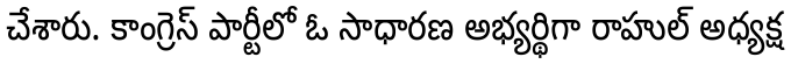
చేశారు. కాంగ్రెస్ పార్టీలో ఓ సాధారణ అభ్యర్థిగా రాహుల్ అధ్యక్ష